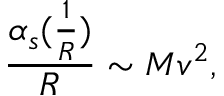
\frac { \alpha _ { s } ( \frac { 1 } { R } ) } { R } \sim M v ^ { 2 } ,